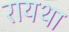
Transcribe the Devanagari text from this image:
रायथा